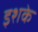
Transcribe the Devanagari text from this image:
इशके